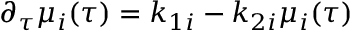
{ } \partial _ { \tau } \mu _ { i } ( \tau ) = k _ { 1 i } - k _ { 2 i } \mu _ { i } ( \tau )